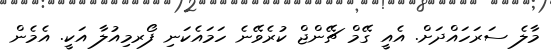
މާލެ ސަރަހައްދަށް. އެއީ ގޭމް ޗޭންޖް ކުރެވޭނެ ހަމައެކަނި ފޯރމިއުލާ އަކީ. އެމެން